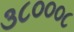
૩૮૦૦૦૮